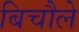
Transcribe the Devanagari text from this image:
बिचौले